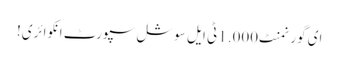
ای گورنمنٹ 1.000 ٹی ایل سوشل سپورٹ انکوائری!